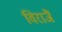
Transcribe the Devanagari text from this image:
विराजैं